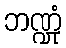
ဘဏ္ဍုံ